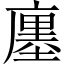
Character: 廛